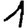
Digit: 1